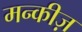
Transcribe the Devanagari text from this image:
मन्कीज़